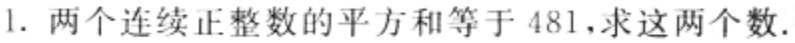
1. 两个连续正整数的平方和等于 481，求这两个数.